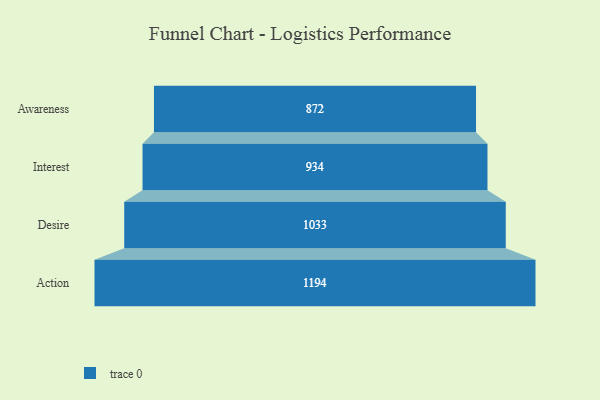
{"axis": {"x": "Stage", "y": "Value"}, "legend": [""], "data": [{"x": "Awareness", "y": 872.0, "type": ""}, {"x": "Interest", "y": 934.0, "type": ""}, {"x": "Desire", "y": 1033.0, "type": ""}, {"x": "Action", "y": 1194.0, "type": ""}]}